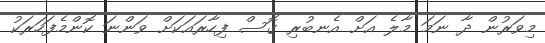
މިވަރުން ދާ ނަމަ މާލެ އަށް އެނބުރި ގޮސް ފިހާރައަކަށް ވަންނަ ކޮންމެފަހަރަކު